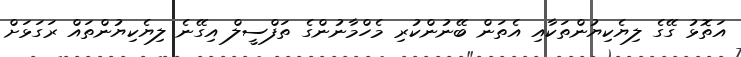
އަތޮޅު ގޭގެ ލިޔެކިޔުންތަކާއި އެތަން ބޭނުންކުރި މެހްމާނުންގެ ތަފްސީލް އިގޭނެ ލިޔެކިޔުންތައް ރަގަޅަށް